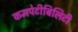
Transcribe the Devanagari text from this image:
कमपेटीबिलिटी